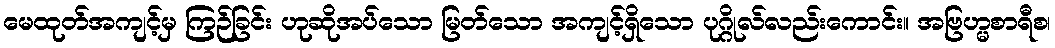
မေထုတ်အကျင့်မှ ကြဉ်ခြင်း ဟုဆိုအပ်သော မြတ်သော အကျင့်ရှိသော ပုဂ္ဂိုလ်လည်းကောင်း။ အဗြဟ္မစာရီစ၊